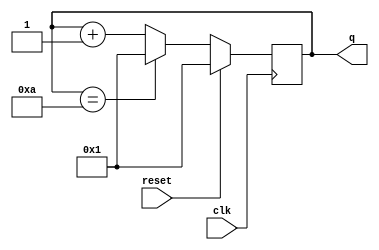
module top_module (
    input clk,
    input reset,      // Synchronous active-high reset
    output [3:0] q);
    
    always @(posedge clk) begin
        if(reset) begin
            q <= 1;
        end else begin
            if(q == 4'ha) begin
                q <= 1;
            end else begin
                q <= q + 4'h1;
            end
        end
    end

endmodule